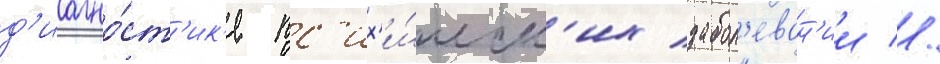
д'иагно́ст'ик'е пс'их'и́ческ'их забол'еван'ии //